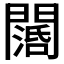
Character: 𨶖